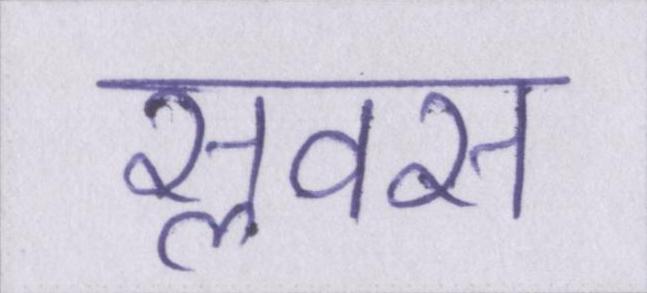
सॢवस